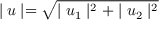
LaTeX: \mid u \mid = \sqrt { \mid u _ { 1 } \mid ^ { 2 } + \mid u _ { 2 } \mid ^ { 2 } }